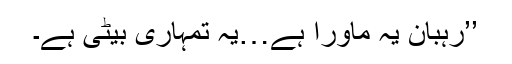
’’رہبان یہ ماورا ہے…یہ تمہاری بیٹی ہے۔